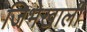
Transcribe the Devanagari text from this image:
जिभेखाली